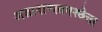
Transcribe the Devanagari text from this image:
अज्ञानान्धतमश्छेत्ता